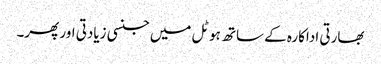
بھارتی اداکارہ کے ساتھ ہوٹل میں جنسی زیادتی اور پھر۔